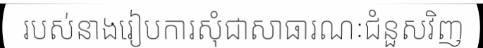
របស់នាងរៀបការសុំជាសាធារណៈជំនួសវិញ